Papers set at the Examination for Leaving Certificates, 1894
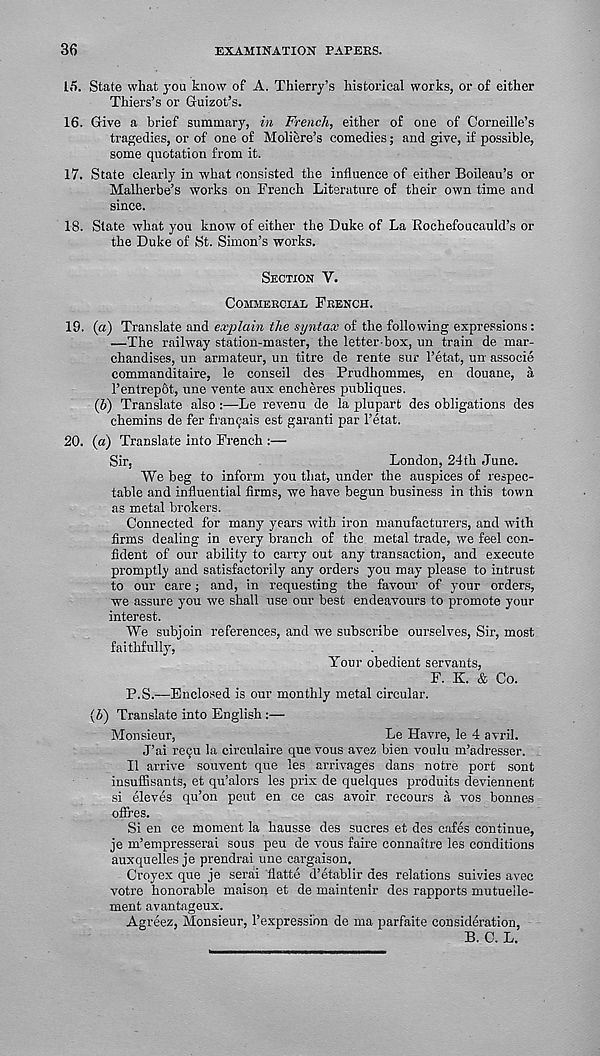
36
EXAMINATION PAPERS.
16. State what you know of A. Thierry’s historical works, or of either
Thiers’s or Guizot’s.
16. Give a brief summary, in French, either of one of Corneille’s
tragedies, or of one of Moliere’s comedies; and give, if possible,
some quotation from it.
17. State clearly in what consisted the influence of either Boileau’s or
Malherbe’s works on French Literature of their own time and
since.
18. State what you know of either the Duke of La Rochefoucauld’s or
the Duke of St. Simon’s works.
Section V.
Commercial French.
19. (a) Translate and explain the syntax of the following expressions:
—The railway station-master, the letter-box, un train de mar-
chandises, un armateur, un titre de rente sur 1’etat, un associe
commanditaire, le conseil des Prudhommes, en douane, a
I’entrep&t, une vente aux encheres publiques.
(5) Translate also:—Le revenu de la plupart des obligations des
chemins de fer framjais est garanti par I’etat.
20. (a) Translate into French :—
Sir,
London, 24th June.
We beg to inform you that, under the auspices of respec-
table and influential firms, we have begun business in this town
as metal brokers.
Connected for many years with iron manufacturers, and with
firms dealing in every branch of the metal trade, we feel con-
fident of our ability to carry out any transaction, and execute
promptly and satisfactorily any orders you may please to intrust
to our care; and, in requesting the favour of your orders,
we assure you -we shall use our best endeavours to promote your
interest.
We subjoin references, and we subscribe ourselves, Sir, most
faithfully,
Your obedient servants,
F. K. & Co.
P.S.—Enclosed is our monthly metal circular.
{b) Translate into English :—
Monsieur,
Le Havre, le 4 avril.
J’ai recu la circulaire que vous avez bien voulu m’adresser.
II arrive souvent que les arrivages dans notre port sont
insuffisants, et qu’alors les prix de quelques produits deviennent
si eleves qu’on pent en ce cas avoir recours a vos bonnes
offres.
Si en ce moment la hausse des sucres et des cafes continue,
je m’empresserai sous peu de vous faire connaitre les conditions
auxquelles je prendrai une cargaison.
Croyex que je serai flatte d’etablir des relations suivies avec
votre honorable maison et de maintenir des rapports mutuelle-
naent avantageux.
Agreez, Monsieur, I’expressi'on de ma parfaite consideration,
B. C. L.